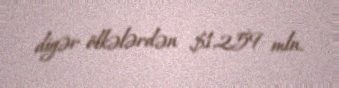
digər ölkələrdən $1,259 mln.